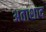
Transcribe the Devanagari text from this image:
अताशाद